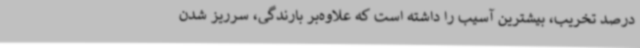
درصد تخریب، بیشترین آسیب را داشته است که علاوه‌بر بارندگی، سرریز شدن